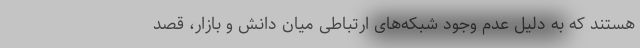
هستند که به دلیل عدم وجود شبکه‌های ارتباطی میان دانش و بازار، قصد